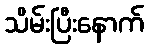
သိမ်းပြီးနောက်